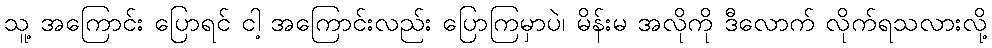
သူ့ အကြောင်း ပြောရင် ငါ့ အကြောင်းလည်း ပြောကြမှာပဲ၊ မိန်းမ အလိုကို ဒီလောက် လိုက်ရသလားလို့